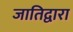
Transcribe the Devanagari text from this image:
जातिद्वारा